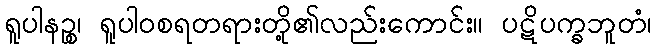
ရူပါနဉ္စ၊ ရူပါဝစရတရားတို့၏လည်းကောင်း။ ပဋိပက္ခဘူတံ၊